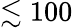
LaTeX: \lesssim 100